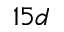
1 5 d